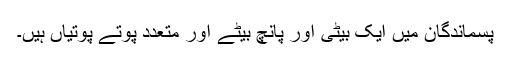
پسماندگان میں ایک بیٹی اور پانچ بیٹے اور متعدد پوتے پوتیاں ہیں۔